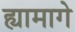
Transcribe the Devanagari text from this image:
ह्यामागे